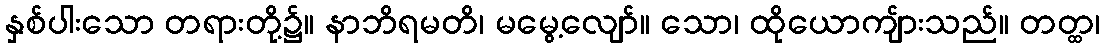
နှစ်ပါးသော တရားတို့၌။ နာဘိရမတိ၊ မမွေ့လျော်။ သော၊ ထိုယောကျ်ားသည်။ တတ္ထ၊